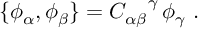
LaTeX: \{ \phi _ { \alpha } , \phi _ { \beta } \} = { C _ { \alpha \beta } } ^ { \gamma } \, \phi _ { \gamma } \ .